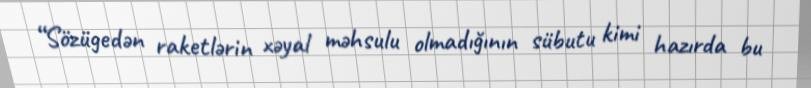
“Sözügedən raketlərin xəyal məhsulu olmadığının sübutu kimi hazırda bu